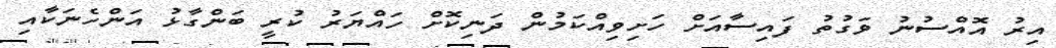
އިރު އޮއްސުނު ވަގުތު ފައިސާއަށް ހަށިވިއްކަމުން ދަނިކޮށް ހައްޔަރު ކުރީ ބަންގާޅު އަންހެނަކާއި